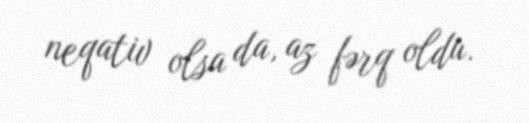
neqativ olsa da, az fərq oldu.